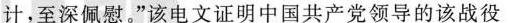
计，至深佩慰。”该电文证明中国共产党领导的该战役